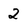
Character: 2